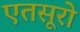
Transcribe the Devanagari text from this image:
एतसूरो